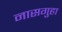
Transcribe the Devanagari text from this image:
नासगुहा